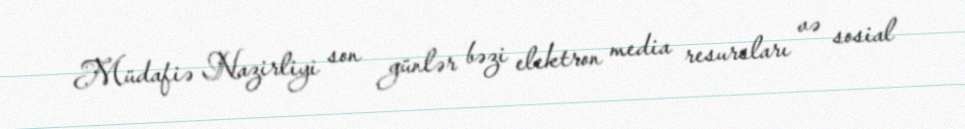
Müdafiə Nazirliyi son günlər bəzi elektron media resursları və sosial